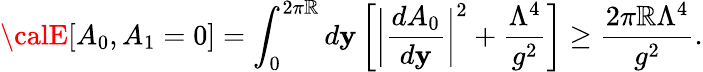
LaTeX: {\calE}[A_{0},A_{1}=0]=\int_{0}^{2\pi\mathbb{R}}d\mathbf{y}\left[\bigg|\frac{{dA_{0}}}{{d\mathbf{y}}}\bigg|^{2}+\frac{{\Lambda^{4}}}{{g^{2}}}\right]\geq\frac{{2\pi\mathbb{R}\Lambda^{4}}}{{g^{2}}}.